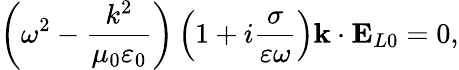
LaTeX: \left(\omega^{2}-\frac{k^{2}}{\mu_{0}\varepsilon_{0}}\right)\left(1+i\frac{\sigma}{\varepsilon\omega}\right)\mathbf{k}\cdot\mathbf{E}_{L0}=0,